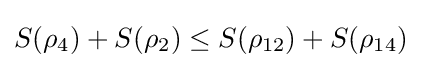
S(\rho _{4})+S(\rho _{2})\leq S(\rho _{12})+S(\rho _{14})